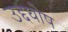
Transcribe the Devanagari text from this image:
उद्दघोष